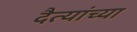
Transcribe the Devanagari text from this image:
दैत्यांच्या